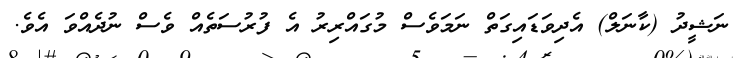
ނަޝީދު (ކާނަލް) އެދިވަޑައިގަތް ނަމަވެސް މުގައްރިރު އެ ފުރުސަތެއް ވެސް ނުދެއްވަ އެވެ.